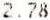
2.78